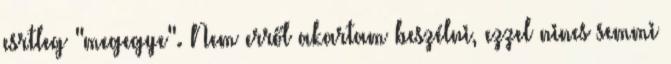
esrtleg "megegye". Nem erről akartam beszélni, ezzel nincs semmi